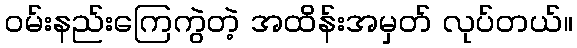
ဝမ်းနည်းကြေကွဲတဲ့ အထိန်းအမှတ် လုပ်တယ်။